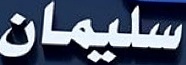
سليمان